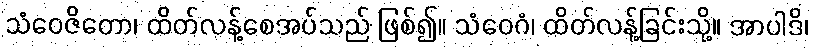
သံဝေဇိတော၊ ထိတ်လန့်စေအပ်သည် ဖြစ်၍။ သံဝေဂံ၊ ထိတ်လန့်ခြင်းသို့။ အာပါဒိ၊